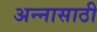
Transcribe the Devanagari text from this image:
अन्‍नासाठी